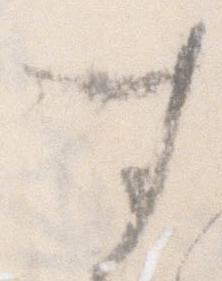
す